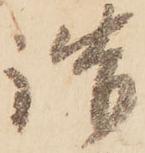
詰